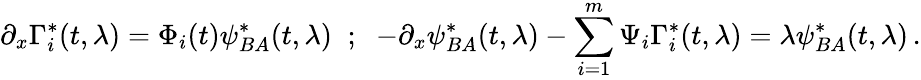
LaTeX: \partial_{x}\Gamma_{i}^{*}(t,\lambda)=\Phi_{i}(t)\psi_{BA}^{*}(t,\lambda)\; \; ;\; \; -\partial_{x}\psi_{BA}^{*}(t,\lambda)-\sum_{i=1}^{m}\Psi_{i}\Gamma_{i}^{*}(t,\lambda)=\lambda\psi_{BA}^{*}(t,\lambda)\, .